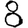
Digit: 8